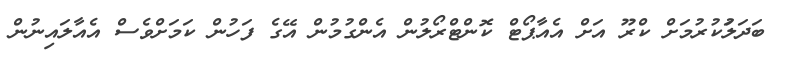
ބަދަލަުކުރުމަށް ކްރޫ އަށް އެއާޕޯޓް ކޮންޓްރޯލުން އެންގުމުން އޭގެ ފަހުން ކަމަށްވެސް އެއާލައިނުން